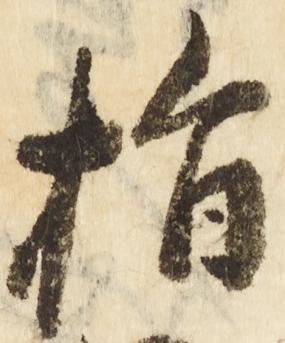
指